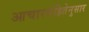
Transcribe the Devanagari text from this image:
आचारसंहितेनुसार